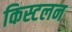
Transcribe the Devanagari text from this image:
किस्टलन